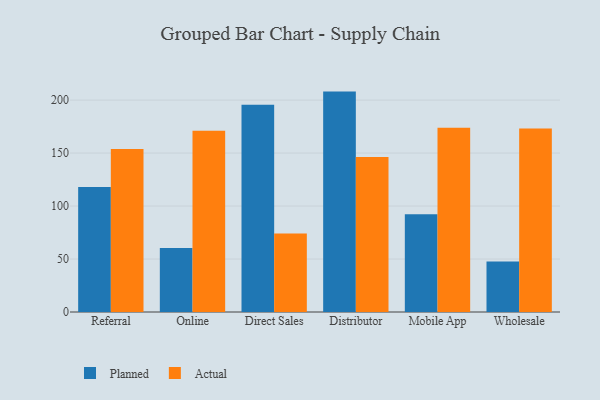
{"axis": {"x": "Channel", "y": "Website Visitors"}, "legend": ["Actual", "Planned"], "data": [{"x": "Referral", "y": 118.0, "type": "Planned"}, {"x": "Referral", "y": 153.8, "type": "Actual"}, {"x": "Online", "y": 60.4, "type": "Planned"}, {"x": "Online", "y": 171.0, "type": "Actual"}, {"x": "Direct Sales", "y": 195.6, "type": "Planned"}, {"x": "Direct Sales", "y": 74.1, "type": "Actual"}, {"x": "Distributor", "y": 208.0, "type": "Planned"}, {"x": "Distributor", "y": 146.2, "type": "Actual"}, {"x": "Mobile App", "y": 92.2, "type": "Planned"}, {"x": "Mobile App", "y": 173.9, "type": "Actual"}, {"x": "Wholesale", "y": 47.6, "type": "Planned"}, {"x": "Wholesale", "y": 173.1, "type": "Actual"}]}